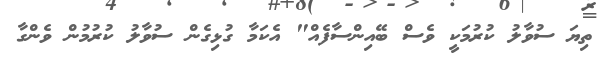
ތިޔަ ސުވާލު ކުރުމަކީ ވެސް ބޭއިންސާފެއް" އެކަމާ ގުޅިގެން ސުވާލު ކުރުމުން ވެންގާ